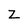
Character: Z